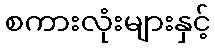
စကားလုံးများနှင့်